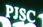
pjsc